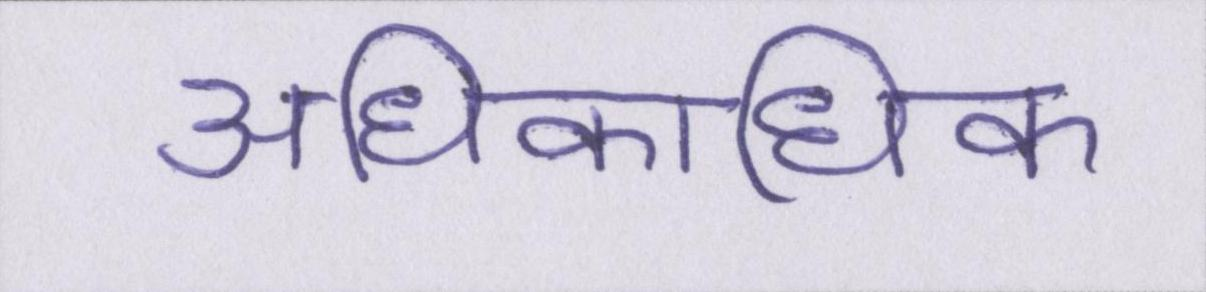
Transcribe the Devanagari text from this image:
अधिकाधिक